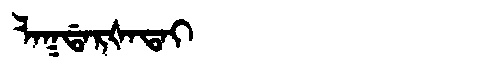
Manchu: ᠯᠠᡴᡩᠠᡵᡧᠠᡨᠠᡳ
Romanization: LAKDARŠATAI